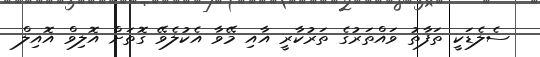
ސެލެޑަކީ ތަފާތު ވައްތަރުގެ ތަރުކާރީ އާއި މޭވާ އެކުލެވޭ ގޮތަށް އޮލިވް އޮއިލް